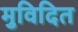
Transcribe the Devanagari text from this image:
मुविदित